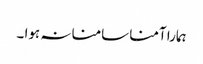
ہمارا آمنا سامنا نہ ہوا ۔